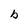
Character: b